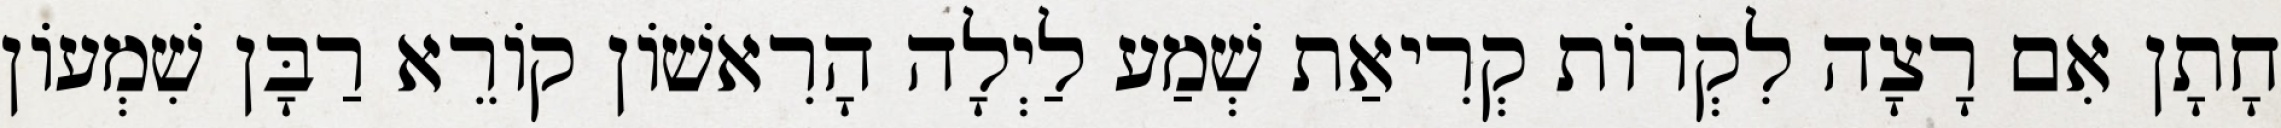
חָתָן אִם רָצָה לִקְרוֹת קְרִיאַת שְׁמַע לַיְלָה הָרִאשׁוֹן קוֹרֵא רַבָּן שִׁמְעוֹן